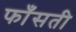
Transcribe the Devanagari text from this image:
फाँसती